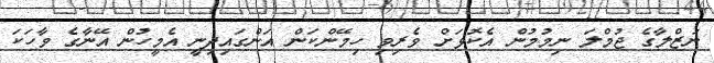
ނަޒްލާގެ ޖުމްލަ ނިމުމުން އެކޮޅަށް ވެރިވި ހިމޭންކަން އަންގައިދިނީ އެމީހުން އޭނާގެ ވާހަކަ